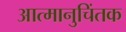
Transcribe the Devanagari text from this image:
आत्मानुचिंतक